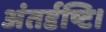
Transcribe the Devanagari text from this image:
अंतर्दृष्टि।